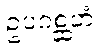
ဥပဂစ္ဆဟံ